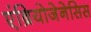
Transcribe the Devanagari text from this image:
एंब्रियोजेनेसिस